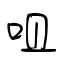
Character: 咀